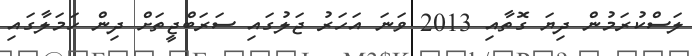
ލަސްކުރަމުން ދިޔަ ގޮތާއި 2013 ވަނަ އަހަރު ޖަލުގައި ސަރަބްޖީތަށް ދިން ހަމަލާގައި